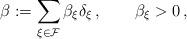
LaTeX: \begin{align*} \beta:=\sum_{\xi\in\mathcal{F}}\beta_\xi\delta_\xi\,,\qquad\beta_\xi>0\,, \end{align*}